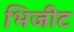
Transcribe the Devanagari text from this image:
भिजीट